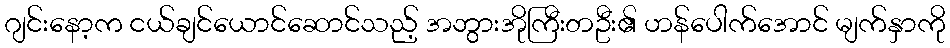
ဂျင်းနော့က ငယ်ချင်ယောင်ဆောင်သည့် အဘွားအိုကြီးတဦး၏ ဟန်ပေါက်အောင် မျက်နှာကို